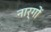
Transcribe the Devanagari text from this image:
नार्गों